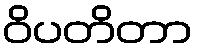
ဝိပတိတာ